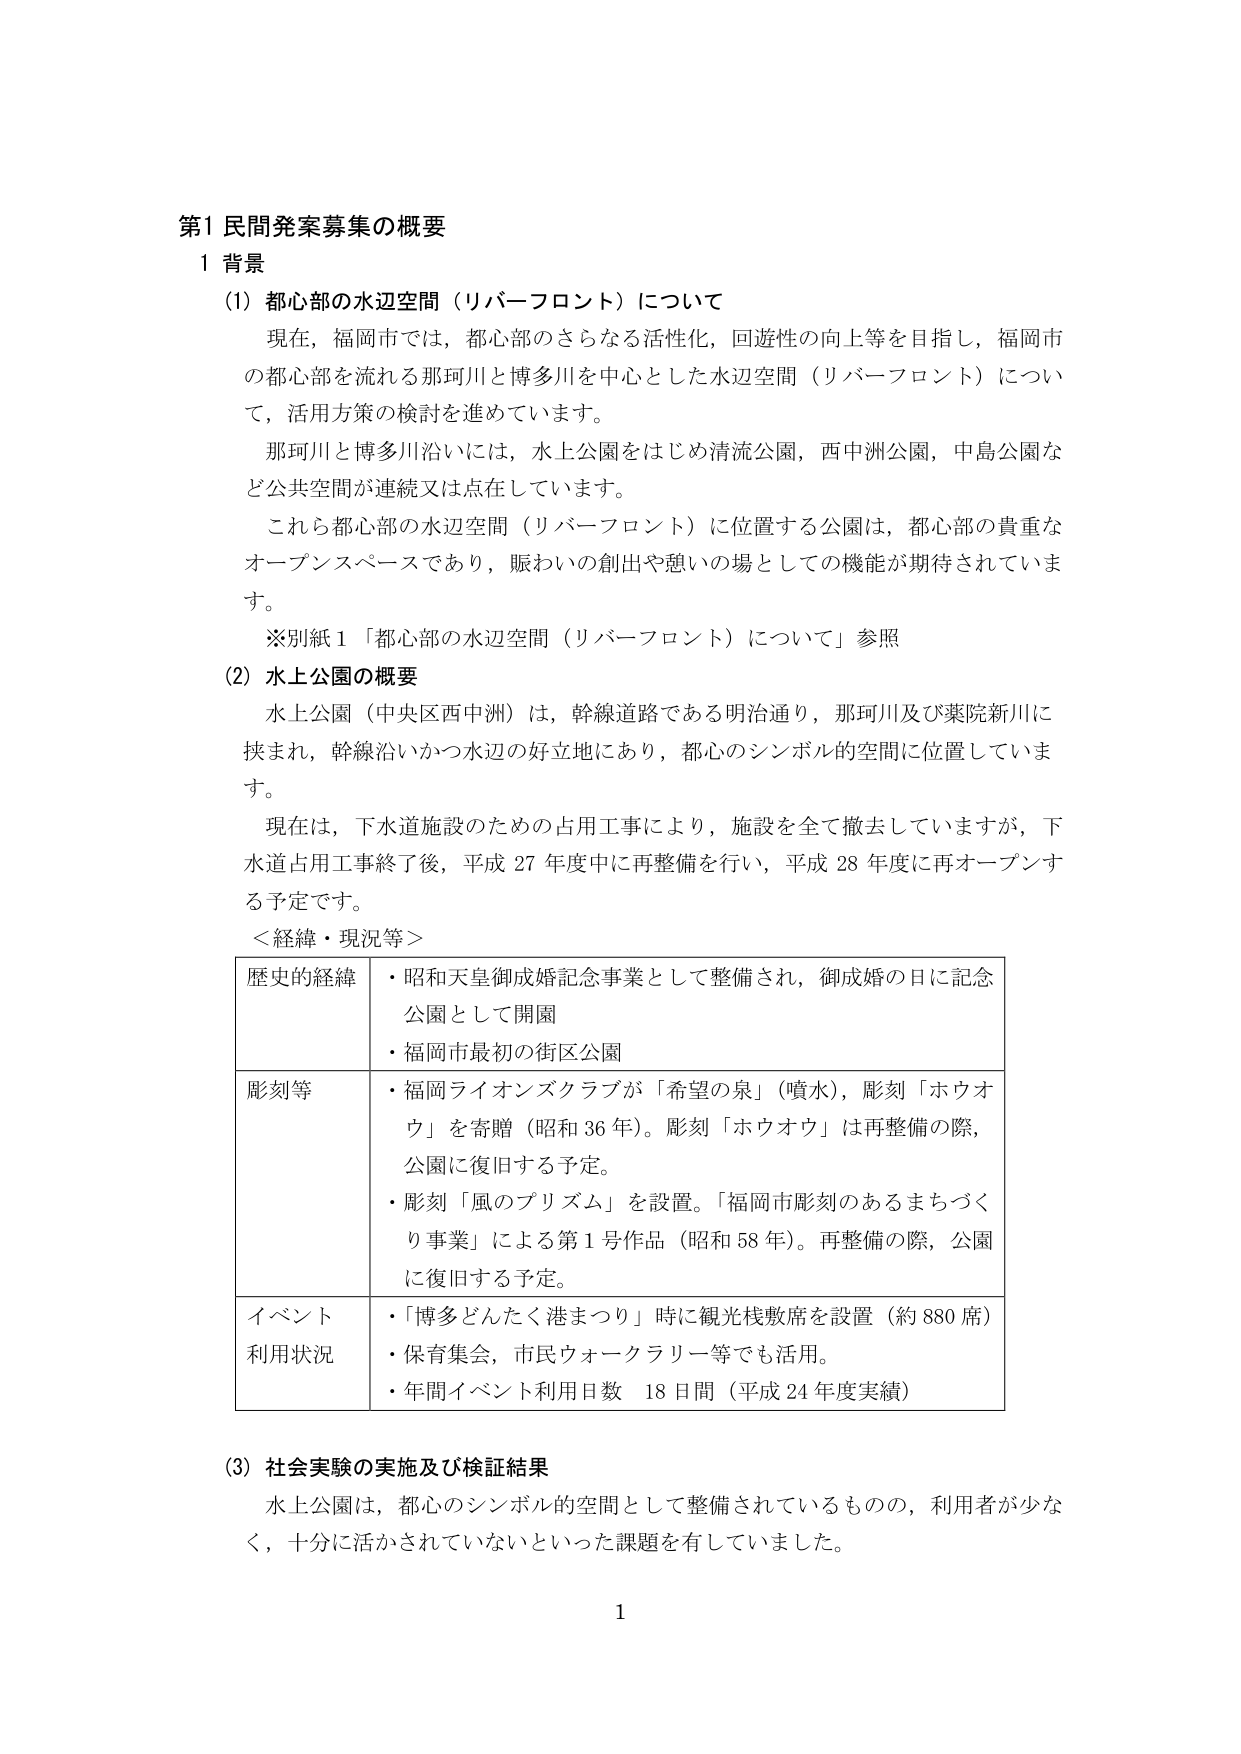
第1 民間発案募集の概要
1 背景
(1) 都心部の水辺空間（リバーフロント）について
　現在，福岡市では，都心部のさらなる活性化，回遊性の向上等を目指し，福岡市の都心部を流れる那珂川と博多川を中心とした水辺空間（リバーフロント）について，活用方策の検討を進めています。
　那珂川と博多川沿いには，水上公園をはじめ清流公園，西中洲公園，中島公園など公共空間が連続又は点在しています。
　これら都心部の水辺空間（リバーフロント）に位置する公園は，都心部の貴重なオープンスペースであり，賑わいの創出や憩いの場としての機能が期待されています。
　※別紙1「都心部の水辺空間（リバーフロント）について」参照
(2) 水上公園の概要
　水上公園（中央区西中洲）は，幹線道路である明治通り，那珂川及び薬院新川に挟まれ，幹線沿いかつ水辺の好立地にあり，都心のシンボル的空間に位置しています。
　現在は，下水道施設のための占用工事により，施設を全て撤去していますが，下水道占用工事終了後，平成27年度中に再整備を行い，平成28年度に再オープンする予定です。
　＜経緯・現況等＞
　　歴史的経緯　・昭和天皇御成婚記念事業として整備され，御成婚の日に記念公園として開園
　　　　　　　　・福岡市最初の街区公園
　　彫刻等　　・福岡ライオンズクラブが「希望の泉」（噴水），彫刻「ホウオウ」を寄贈（昭和36年）。彫刻「ホウオウ」は再整備の際，公園に復旧する予定。
　　　　　　　　・彫刻「風のプリズム」を設置。「福岡市彫刻のあるまちづくり事業」による第1号作品（昭和58年）。再整備の際，公園に復旧する予定。
　　イベント　　・「博多どんたく港まつり」時に観光桟敷席を設置（約880席）
　　利用状況　　・保育集会，市民ウォークラリー等でも活用。
　　　　　　　　・年間イベント利用日数 18日間（平成24年度実績）
(3) 社会実験の実施及び検証結果
　水上公園は，都心のシンボル的空間として整備されているものの，利用者が少なく，十分に活かされていないといった課題を有していました。
1